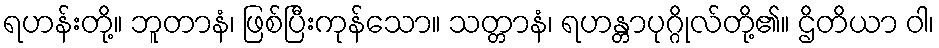
ရဟန်းတို့။ ဘူတာနံ၊ ဖြစ်ပြီးကုန်သော။ သတ္တာနံ၊ ရဟန္တာပုဂ္ဂိုလ်တို့၏။ ဌိတိယာ ဝါ၊